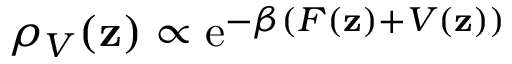
\rho _ { V } ( \mathbf { z } ) \propto \operatorname { e } ^ { - \beta ( F ( \mathbf { z } ) + V ( \mathbf { z } ) ) }